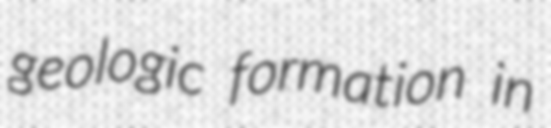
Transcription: geologic formation in